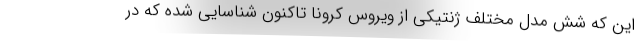
این که شش مدل مختلف ژنتیکی از ویروس کرونا تاکنون شناسایی شده که در